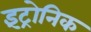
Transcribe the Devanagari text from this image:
इंट्रोनिक